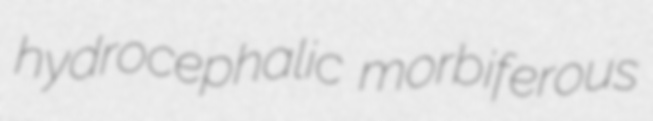
hydrocephalic morbiferous